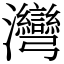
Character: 灣